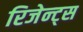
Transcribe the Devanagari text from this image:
रिजेन्ट्स